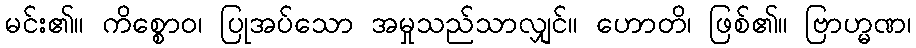
မင်း၏။ ကိစ္စောဝ၊ ပြုအပ်သော အမှုသည်သာလျှင်။ ဟောတိ၊ ဖြစ်၏။ ဗြာဟ္မဏ၊